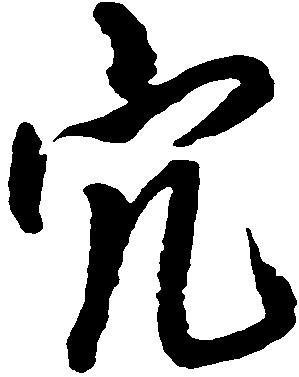
穴